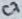
Text: C7